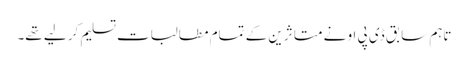
تاہم سابق ڈی پی او نے متا ثرین کے تمام مطالبات تسلیم کر لیے تھے۔